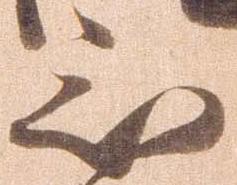
被